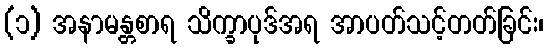
(၁) အနာမန္တစာရ သိက္ခာပုဒ်အရ အာပတ်သင့်တတ်ခြင်း၊